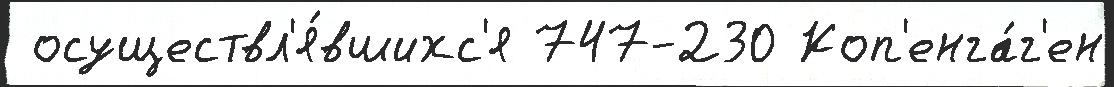
 осуществл'я́вшихс'я 747-230 Коп'енга́г'ен